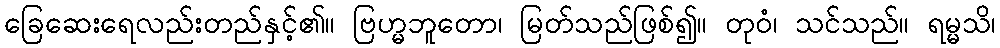
ခြေဆေးရေလည်းတည်နှင့်၏။ ဗြဟ္မဘူတော၊ မြတ်သည်ဖြစ်၍။ တုဝံ၊ သင်သည်။ ရမ္မသိ၊